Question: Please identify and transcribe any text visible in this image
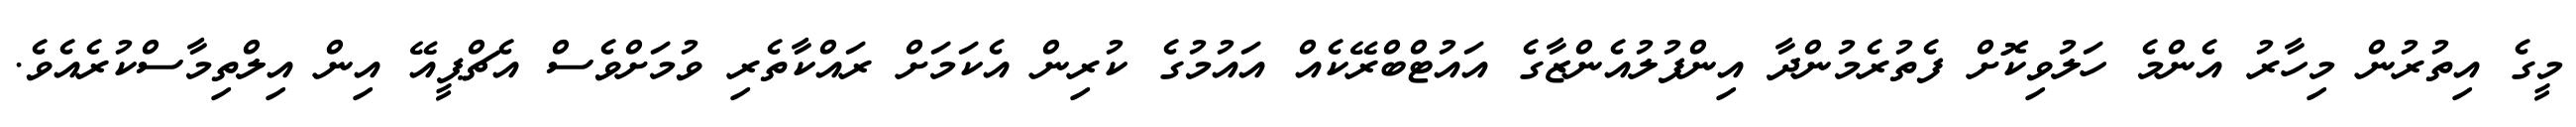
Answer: މީގެ އިތުރުން މިހާރު އެންމެ ހަލުވިކޮށް ފެތުރެމުންދާ އިންފުލުއެންޒާގެ އައުޓްބްރޭކެއް އައުމުގެ ކުރިން އެކަމަށް ރައްކާތެރި ވުމަށްވެސް އެޗްޕީއޭ އިން އިލްތިމާސްކުރެއެވެ.